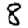
Digit: 8